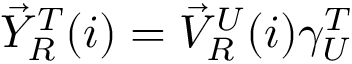
\begin{array} { r } { \vec { Y } _ { R } ^ { T } ( i ) = \vec { V } _ { R } ^ { U } ( i ) \gamma _ { U } ^ { T } } \end{array}